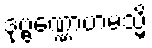
ဒုဗ္ဗဏ္ဏောဟမသ္မိ